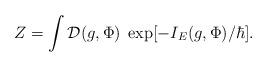
LaTeX: \begin{align*}Z = \int {\cal D}(g,\Phi) \; \exp[-I_E(g,\Phi)/\hbar].\end{align*}